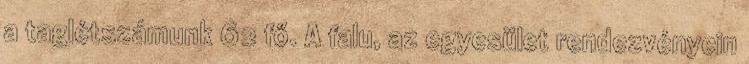
a taglétszámunk 62 fő. A falu, az egyesület rendezvényein